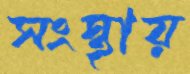
সংস্থায়